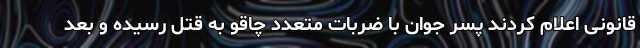
قانونی اعلام کردند پسر جوان با ضربات متعدد چاقو به قتل رسیده و بعد